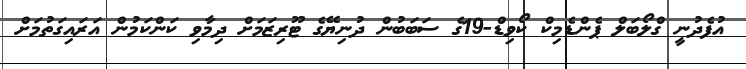
އުފެދުނީ ގްލޯބަލް ޕެންޑެމިކް ކޯވިޑް-19ގެ ސަބަބުން ދުނިޔޭގެ ޓޫރިޒަމަށް ދިމާވި ކަންކަމުން އަރައިގަތުމަށް